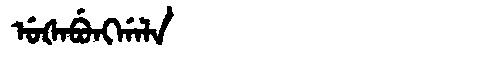
Manchu: ᡠᡧᠠᠪᡠᠩᡤᠠᠯᠠ
Romanization: UŠABUNGGALA